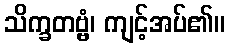
သိက္ခတဗ္ဗံ၊ ကျင့်အပ်၏။